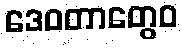
ဒေဝတာတွေဝ